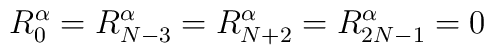
R_0^\alpha = R_{N-3}^\alpha = R_{N+2}^\alpha = R_{2N-1}^\alpha = 0